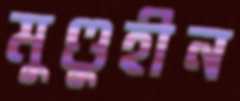
মুণ্ডুহীন